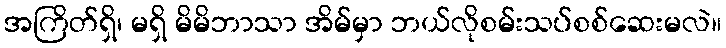
အကြိတ်ရှိ၊ မရှိ မိမိဘာသာ အိမ်မှာ ဘယ်လိုစမ်းသပ်စစ်ဆေးမလဲ။